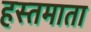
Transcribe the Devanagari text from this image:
हस्तमाता